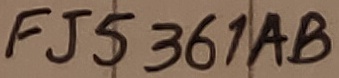
Text: FJ5361AB